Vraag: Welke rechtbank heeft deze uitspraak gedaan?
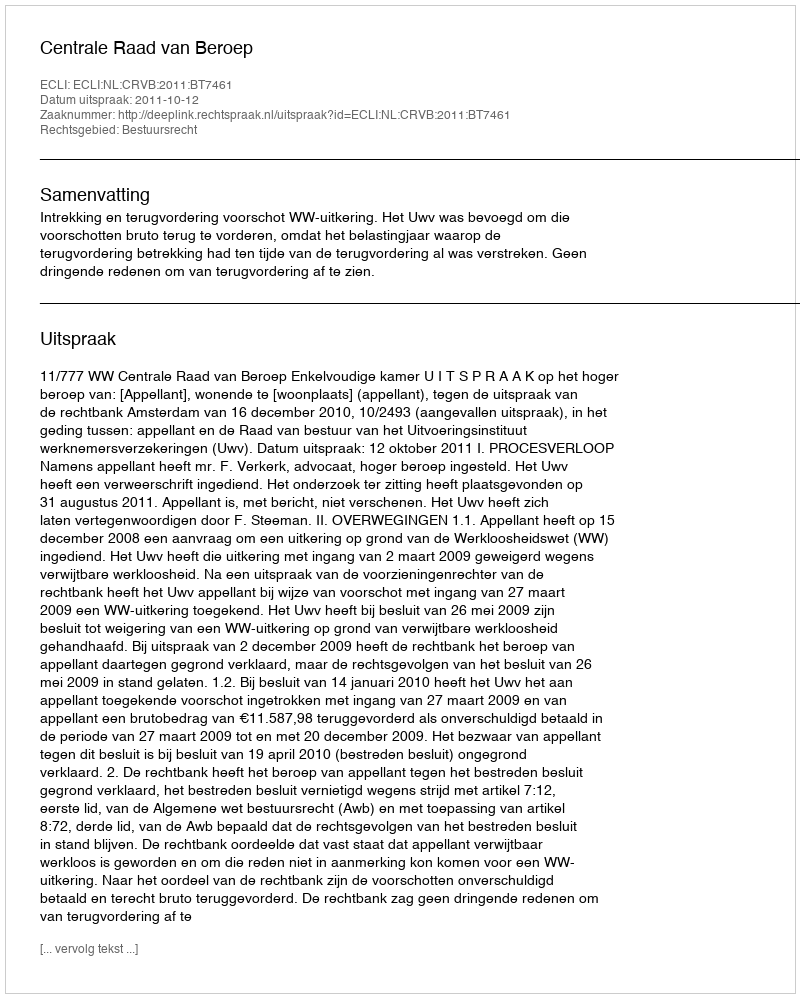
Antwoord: Centrale Raad van Beroep